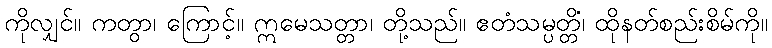
ကိုလျှင်။ ကတွာ၊ ကြောင့်။ ဣမေသတ္တာ၊ တို့သည်။ ဧတံသမ္ပတ္တိံ၊ ထိုနတ်စည်းစိမ်ကို။